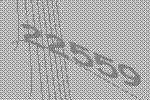
22559